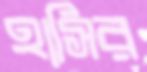
হাসির